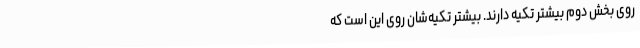
روی‌ بخش‌ دوم‌ بیشتر تکیه‌ دارند. بیشتر تکیه‌شان‌ روی‌ این‌ است‌ که‌